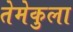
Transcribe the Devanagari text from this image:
तेमेकुला